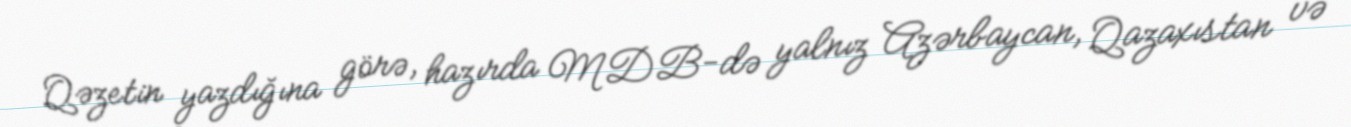
Qəzetin yazdığına görə, hazırda MDB-də yalnız Azərbaycan, Qazaxıstan və